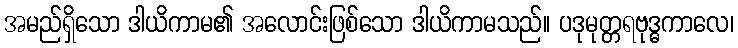
အမည်ရှိသော ဒါယိကာမ၏ အလောင်းဖြစ်သော ဒါယိကာမသည်။ ပဒုမုတ္တရဗုဒ္ဓကာလေ၊